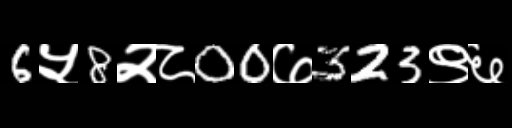
Text: 6५8२८00७323९६